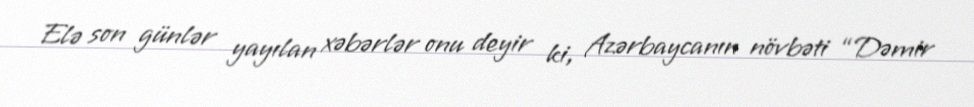
Elə son günlər yayılan xəbərlər onu deyir ki, Azərbaycanın növbəti “Dəmir